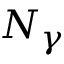
N _ { \gamma }